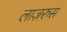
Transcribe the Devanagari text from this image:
लाज़रुस